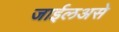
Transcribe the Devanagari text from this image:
जाईलअसे